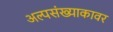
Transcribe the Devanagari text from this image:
अल्पसंख्याकावर